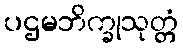
ပဌမဘိက္ခုသုတ္တံ